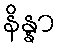
နိန္နာ